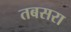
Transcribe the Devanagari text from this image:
तबसरा